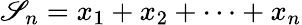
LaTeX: \mathscr{S}_{n}=x_{1}+x_{2}+\cdots+x_{n}